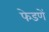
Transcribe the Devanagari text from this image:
फेडणें